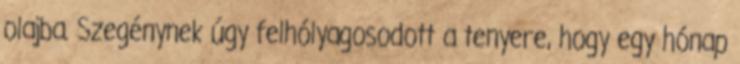
olajba. Szegénynek úgy felhólyagosodott a tenyere, hogy egy hónap